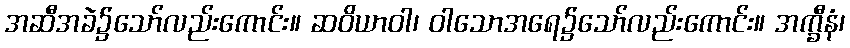
အဆီအခဲ၌သော်လည်းကောင်း။ ဆဝိယာဝါ၊ ဝါသောအရေ၌သော်လည်းကောင်း။ အက္ခီနံ၊